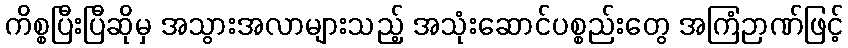
ကိစ္စပြီးပြီဆိုမှ အသွားအလာများသည့် အသုံးဆောင်ပစ္စည်းတွေ အကြံဉာဏ်ဖြင့်